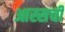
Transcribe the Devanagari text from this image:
आस्सची